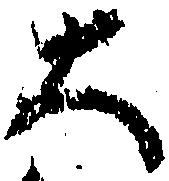
大